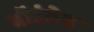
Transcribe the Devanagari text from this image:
बॉउंडेड